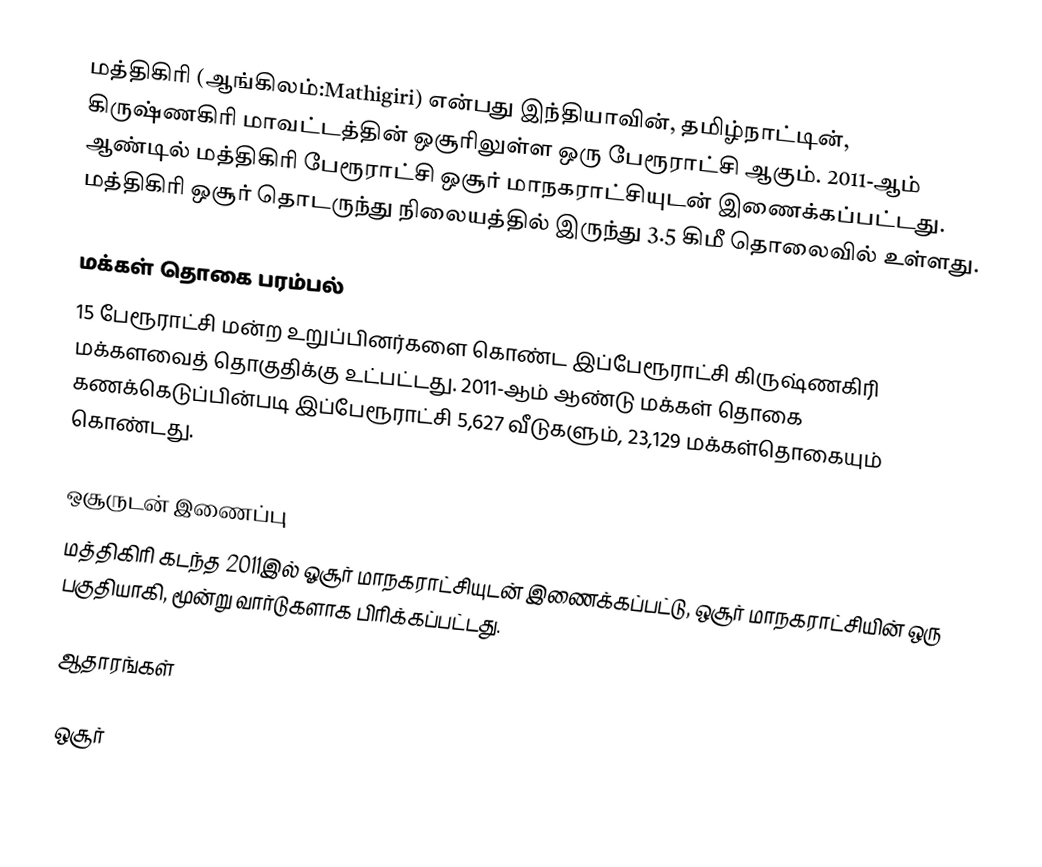
மத்திகிரி (ஆங்கிலம்:Mathigiri) என்பது இந்தியாவின், தமிழ்நாட்டின், கிருஷ்ணகிரி மாவட்டத்தின் ஒசூரிலுள்ள ஒரு பேரூராட்சி ஆகும். 2011-ஆம் ஆண்டில் மத்திகிரி பேரூராட்சி ஒசூர் மாநகராட்சியுடன் இணைக்கப்பட்டது. மத்திகிரி ஒசூர் தொடருந்து நிலையத்தில் இருந்து 3.5 கிமீ தொலைவில் உள்ளது.

மக்கள் தொகை பரம்பல்
15 பேரூராட்சி மன்ற உறுப்பினர்களை கொண்ட இப்பேரூராட்சி கிருஷ்ணகிரி மக்களவைத் தொகுதிக்கு உட்பட்டது. 2011-ஆம் ஆண்டு மக்கள் தொகை கணக்கெடுப்பின்படி  இப்பேரூராட்சி 5,627  வீடுகளும், 23,129 மக்கள்தொகையும் கொண்டது.

ஒசூருடன் இணைப்பு
மத்திகிரி கடந்த 2011இல் ஓசூர் மாநகராட்சியுடன் இணைக்கப்பட்டு, ஒசூர் மாநகராட்சியின் ஒரு பகுதியாகி, மூன்று வார்டுகளாக பிரிக்கப்பட்டது.

ஆதாரங்கள்

ஒசூர்